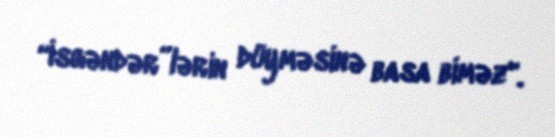
“İsgəndər”lərin düyməsinə basa biməz".